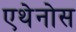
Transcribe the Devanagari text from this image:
एथेनोस